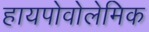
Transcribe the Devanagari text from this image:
हायपोवोलेमिक